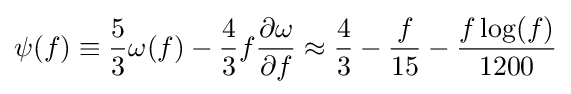
\psi (f)\equiv {\frac {5}{3}}\omega (f)-{\frac {4}{3}}f{\frac {\partial \omega }{\partial f}}\approx {\frac {4}{3}}-{\frac {f}{15}}-{\frac {f\log(f)}{1200}}